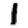
Digit: 1